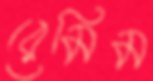
রেমিম